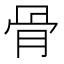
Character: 骨